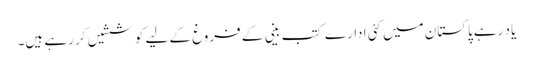
یاد رہے پاکستان میں کئی ادارے کتب بینی کے فروغ کے لیے کوششیں کر رہے ہیں۔